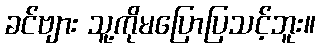
ခင်ဗျား သူ့ကိုမပြောပြသင့်ဘူး။